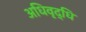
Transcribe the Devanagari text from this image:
अधिवृद्धि